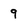
Character: 9